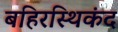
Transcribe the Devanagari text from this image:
बहिरस्थिकंद